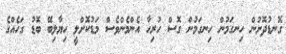
ގޮނޑުދޮށުން ހިނގަމުން ހިނގަމުން ގޮސް ހުރިހާ އެންމެންވެސް މަޑުކޮށްލީ ހިޔާލިބޭ ބޮޑު ގަހެއްގެ